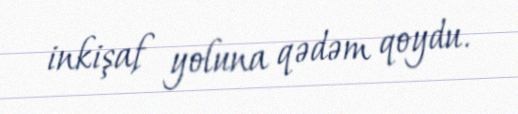
inkişaf yoluna qədəm qoydu.